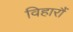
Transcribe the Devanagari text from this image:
विहारौं